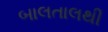
બાલતાલથી